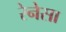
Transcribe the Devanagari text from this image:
रेनेसा